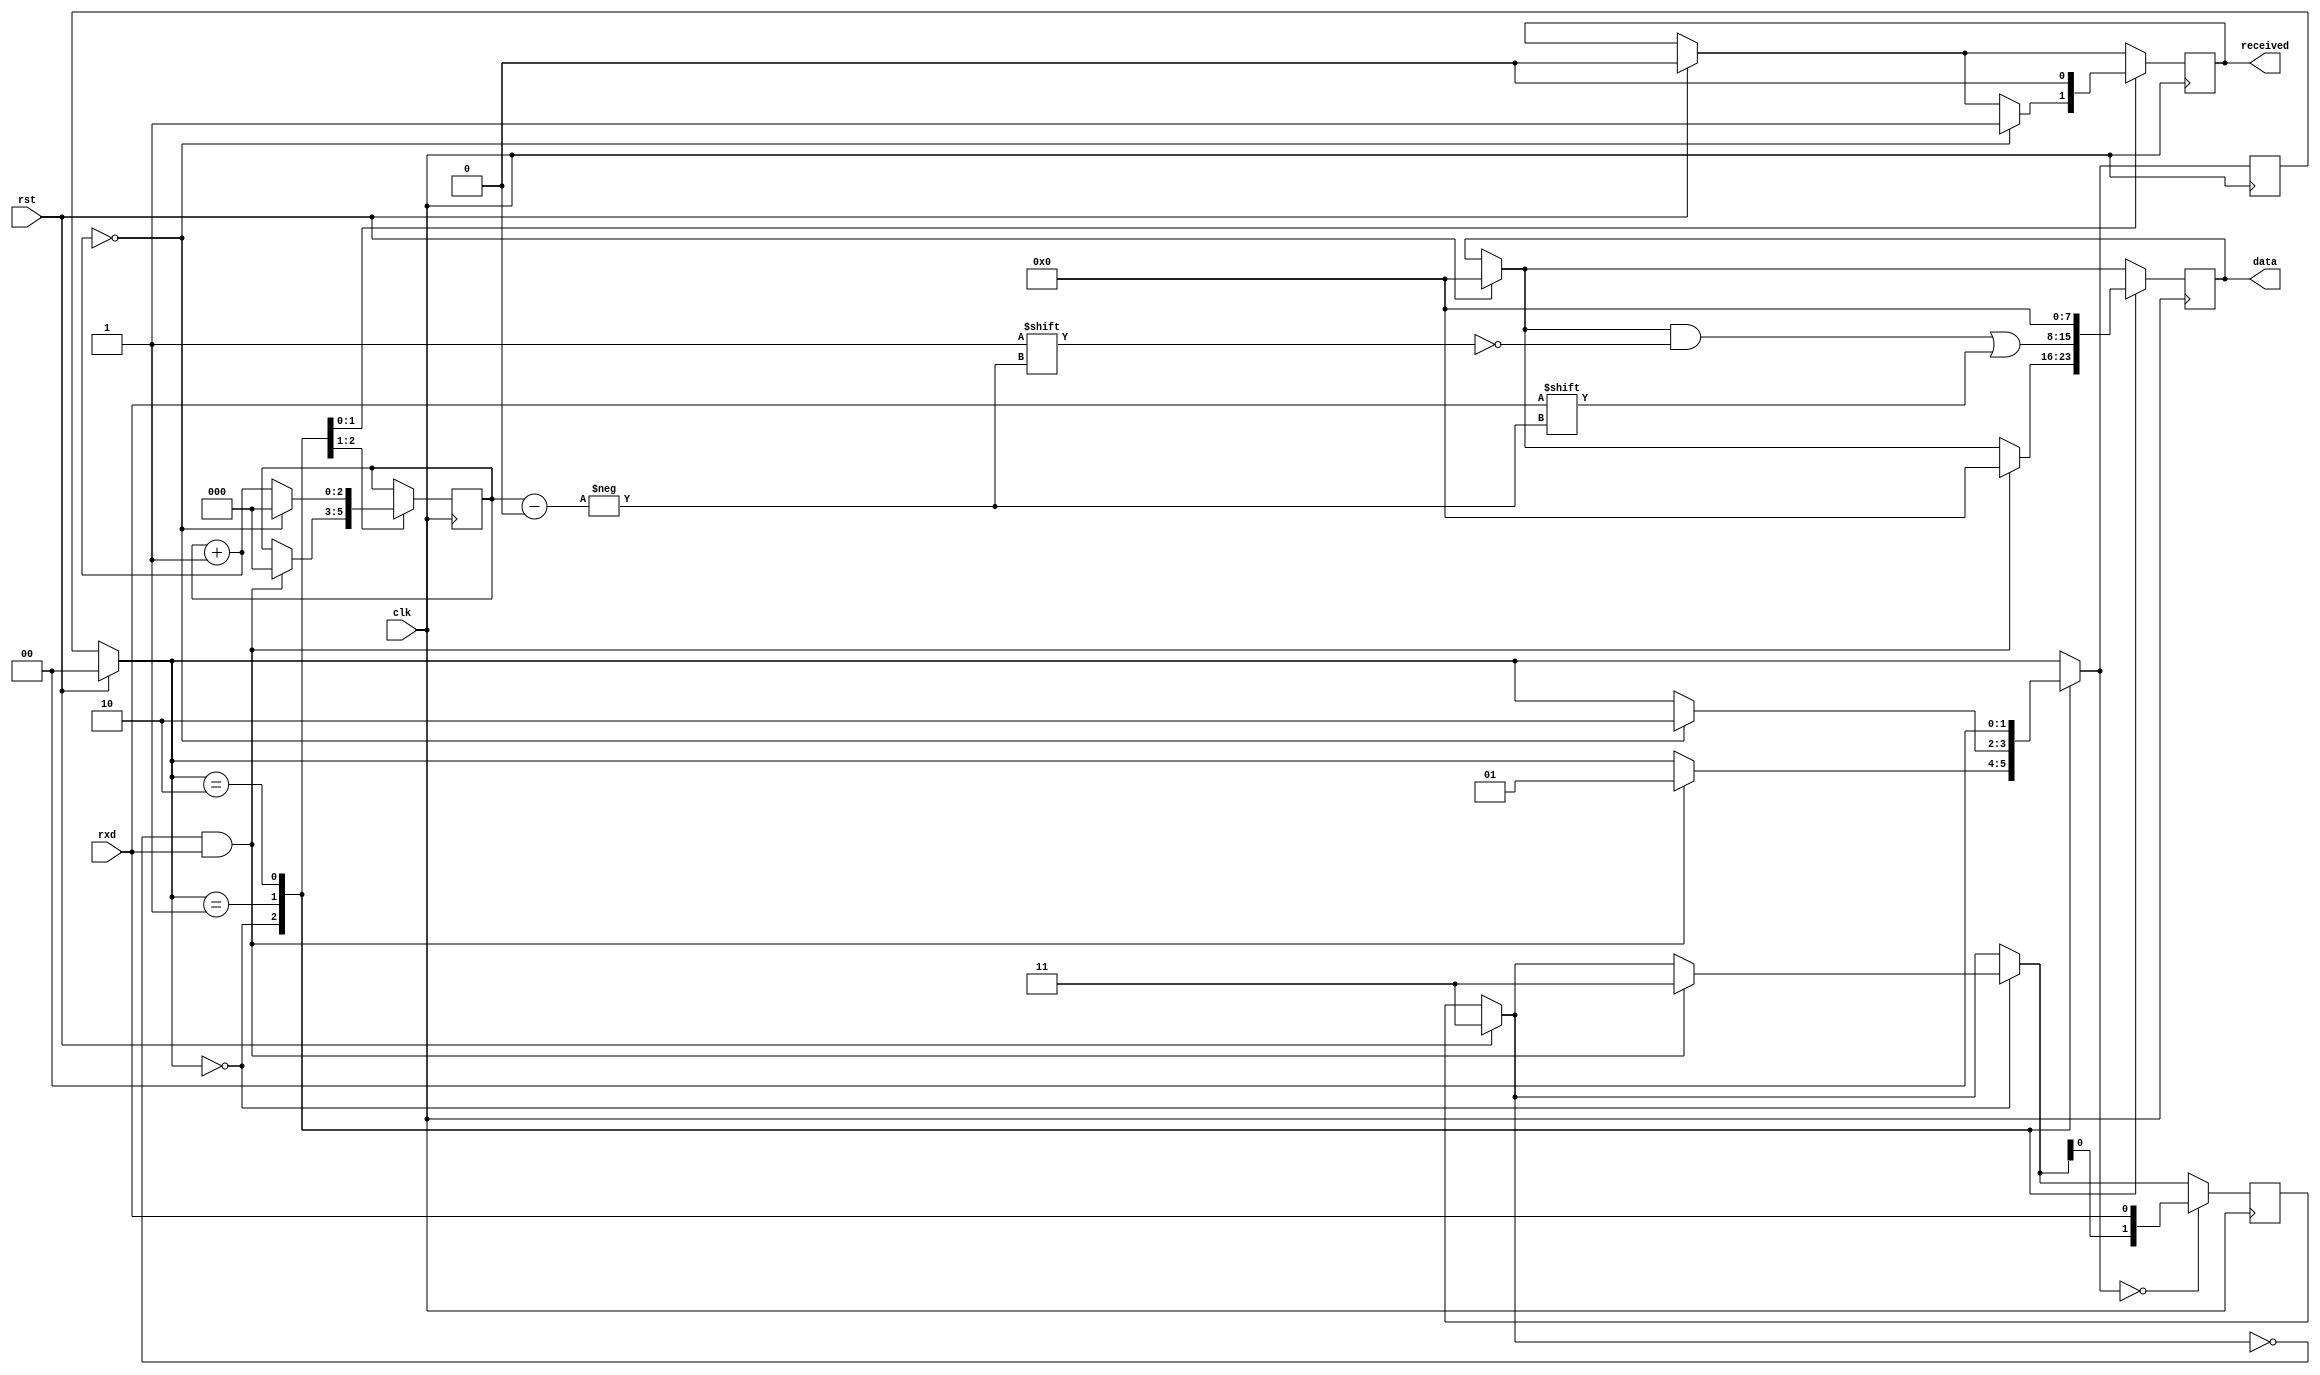
module fsm2(
	input clk,
	input rst,
	input rxd,
	output [7:0] data,
	output received
    );
localparam STATE1 = 2'b00;
localparam STATE2 = 2'b01;
localparam STATE3 = 2'b10;
reg [1:0] state = STATE1;
reg [7:0] tmp_data = 8'b00000000;
reg tmp_received = 1'b0;
reg [2:0] index;
reg [1:0] rxd_hist = 2'b11;
always @(posedge clk)
begin
	if(rst)
	begin
		tmp_data = 0;
		tmp_received = 0;
		rxd_hist = 2'b11; 
		state = STATE1;
	end
	case(state)
	STATE1:
	begin
		if(rxd_hist == 2'b00 && rxd == 1) 
		begin
			rxd_hist = 2'b11;
			tmp_data = 8'b00000000;
			index = 3'b000;
			state = STATE2;
		end
	end
	STATE2:
	begin
		tmp_data[index] = rxd;
		index = index + 1;
		if(index == 3'b000) 
		begin
			tmp_received = 1'b1;
			state = STATE3;
			index = 3'b000;
		end
	end
	STATE3:
	begin
		tmp_received = 1'b0;
		tmp_data = 8'b00000000;
		state = STATE1;
	end
	endcase
	if(state == STATE1) rxd_hist = { rxd_hist[0], rxd };	
end
assign data = tmp_data;
assign received = tmp_received;
endmodule